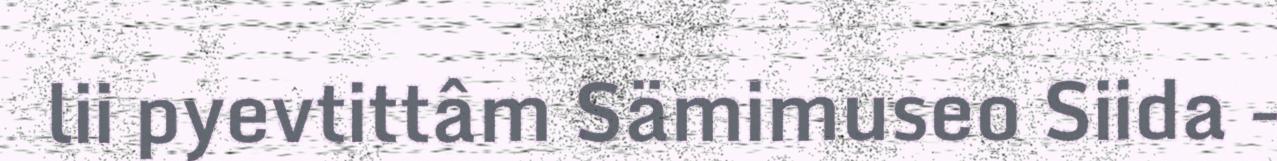
lii pyevtittâm Sämimuseo Siida -